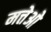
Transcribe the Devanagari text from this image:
मत्तेओ